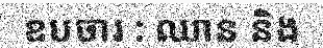
ឧបចារ : ឈាន និង